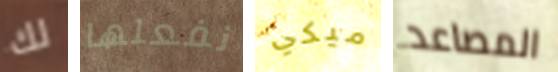
لك نفعلها ميكي المصاعد